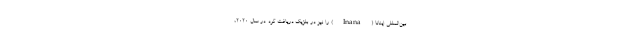
بین‌المللی اینانا (Inana) را نیز در بلژیک دریافت کرد. در سال ۲۰۲۰،